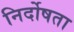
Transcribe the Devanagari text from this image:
निर्दोषता